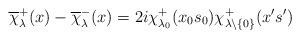
LaTeX: \begin{align*}\overline{\chi}_\lambda^+(x)-\overline{\chi}_\lambda^-(x)=2i\chi_{\lambda_0}^+(x_0s_0)\chi_{\lambda\backslash\{0\}}^+(x's')\end{align*}